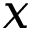
x